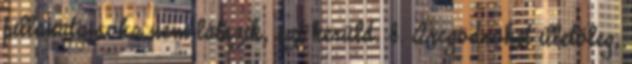
pillanata soha nem látszik, azt kerüld. 8. Arcgödröket illetőleg,